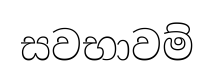
සවභාවම්